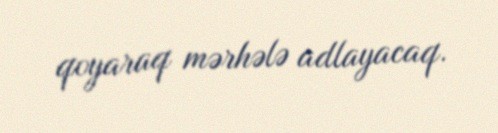
qoyaraq mərhələ adlayacaq.